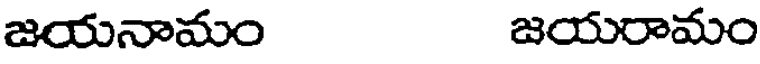
జయనామం జయరామం